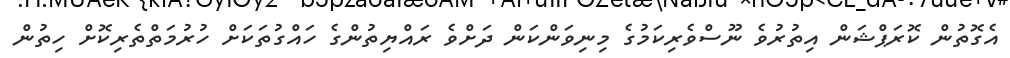
އެގޮތުން ކޮރަޕްޝަން އިތުރުވެ ނޫސްވެރިކަމުގެ މިނިވަންކަން ދަށްވެ ރައްޔިތުންގެ ހައްގުތަކަށް ހުރުމަތްތެރިކޮށް ހިތުން